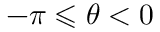
- \pi \leqslant \theta < 0